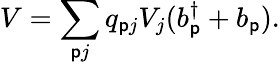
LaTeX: V=\sum_{\mathsf{p}j}q_{\mathsf{p}j}V_{j}(b_{\mathsf{p}}^{\dagger}+b_{\mathsf{p}}).